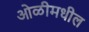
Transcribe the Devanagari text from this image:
ओळीमधील